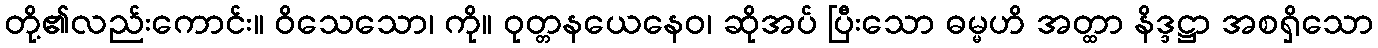
တို့၏လည်းကောင်း။ ဝိသေသော၊ ကို။ ဝုတ္တနယေနေဝ၊ ဆိုအပ် ပြီးသော ဓမ္မဟိ အတ္ထာ နိဒ္ဒဋ္ဌာ အစရှိသော